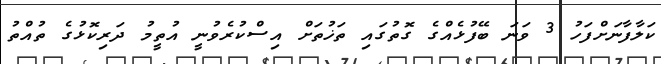
ކަލާފާނަށްފަހު 3 ވަނަ ބޭފުޅެއްގެ ގޮތުގައި ތަޚުތަށް އިސްކުރެވުނީ އުތީމު ދަރިކޮޅުގެ ތުއްތު